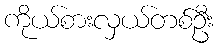
ကိုယ်စားလှယ်တစ်ဦး